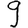
Digit: 9